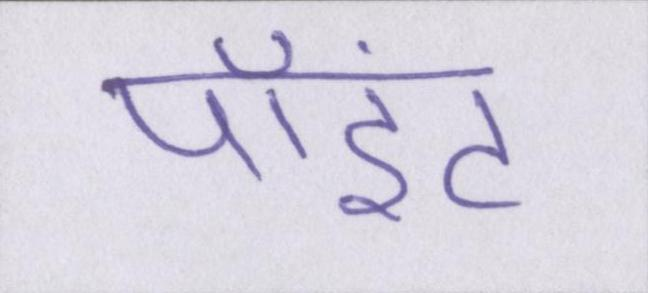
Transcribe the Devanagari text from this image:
पॉइंट